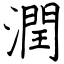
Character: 潤